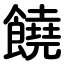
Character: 饒